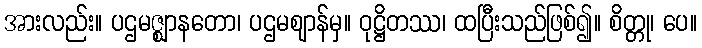
အားလည်း။ ပဌမဇ္ဈာနတော၊ ပဌမဈာန်မှ။ ဝုဋ္ဌိတဿ၊ ထပြီးသည်ဖြစ်၍။ စိတ္တု၊ ပေ။